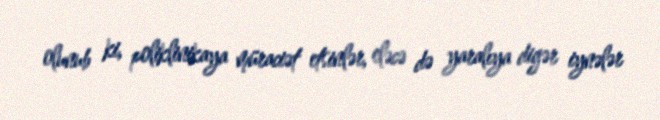
olunub ki, poliklinikaya müraciət etsinlər, eləcə də yaralıya digər iynələr